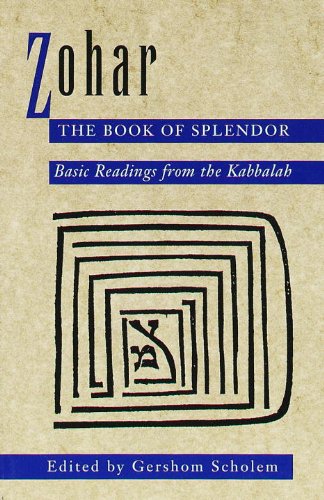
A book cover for Zohar: The Book of Splendor: Basic Readings from the Kabbalah; Gershom Scholem; Religion & Spirituality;